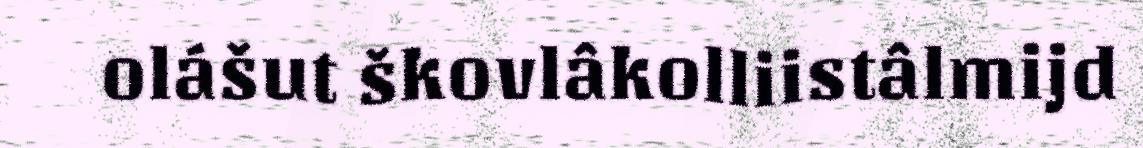
olášut škovlâkolliistâlmijd